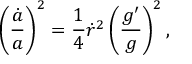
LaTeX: \left( { \frac { \dot { a } } { a } } \right) ^ { 2 } = { \frac { 1 } { 4 } } \dot { r } ^ { 2 } \left( { \frac { g ^ { \prime } } { g } } \right) ^ { 2 } ,